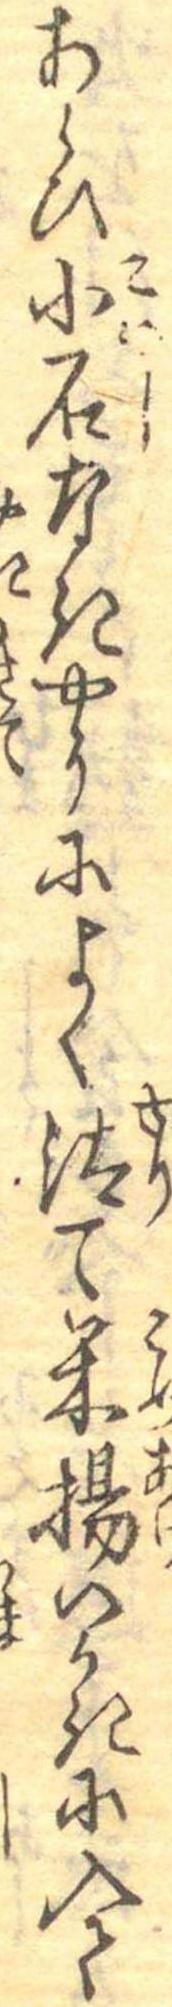
あらひ小石なきやうによく汰て米揚いかきに入て